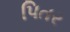
પિતર